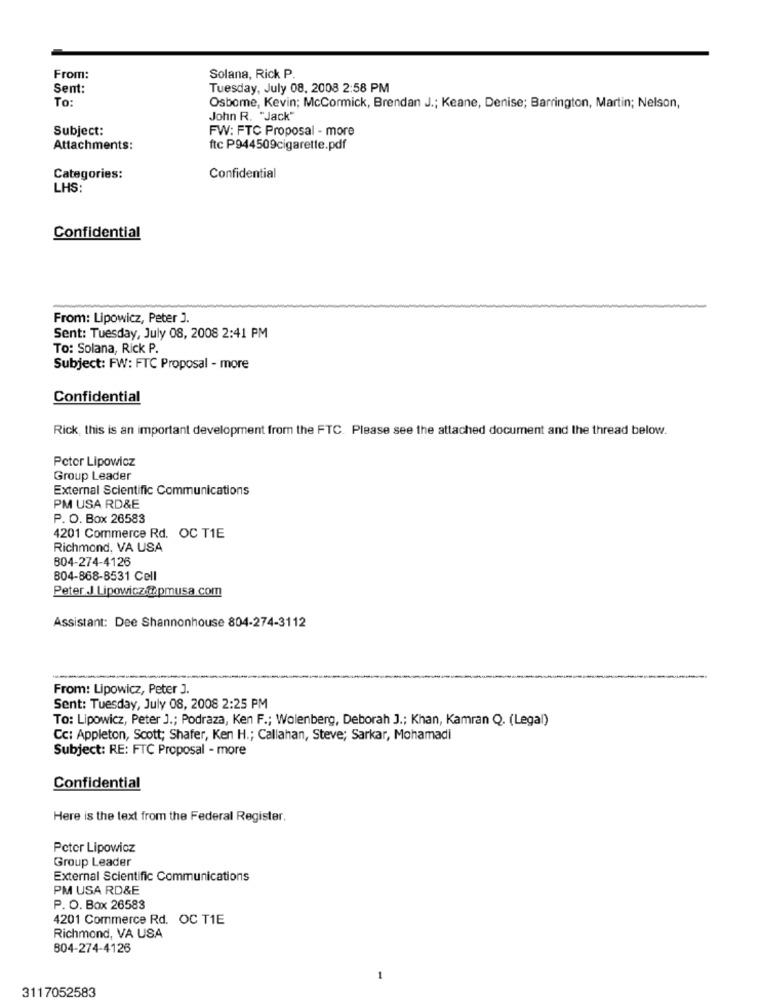
Solana, Rick P.
From:
Sent:
Tuesday, July 08, 2008 2:58 PM
To:
Osbome, Kevin; McCormick, Brendan J .; Keane, Denise; Barrington, Martin; Nelson,
John R. "Jack"
Subject:
FW: FTC Proposal - more
Attachments:
ftc P944509cigarette.pdf
Categories:
Confidential
LHS:
Confidential
From: Lipowicz, Peter J.
Sent: Tuesday, July 08, 2008 2:41 PM
To: Solana, Rick P.
Subject: FW: FTC Proposal - more
Confidential
Rick, this is an important development from the FTC. Please see the attached document and the thread below.
Peter Lipowicz
Group Leader
External Scientific Communications
PM USA RD&E
P. O. Box 26583
4201 Commerce Rd. OC T1E
Richmond, VA USA
804-274-4126
804-868-8531 Cell
Peter J Lipowicz.@pmusa.com
Assistant: Dee Shannonhouse 804-274-3112
From: Lipowicz, Peter J.
Sent: Tuesday, July 08, 2008 2:25 PM
To: Lipowicz, Peter J .; Podraza, Ken F .; Wolenberg, Deborah J .; Khan, Kamran Q. (Legal)
Cc: Appleton, Scott; Shafer, Ken H .; Callahan, Steve; Sarkar, Mohamadi
Subject: RE: FTC Proposal - more
Confidential
Here is the text from the Federal Register.
Peter Lipowicz
Group Leader
External Scientific Communications
PM USA RD&E
P. O. Box 26583
4201 Commerce Rd. OC T1E
Richmond, VA USA
804-274-4126
-
3117052583